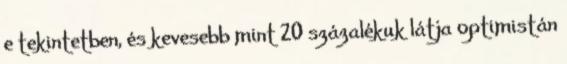
e tekintetben, és kevesebb mint 20 százalékuk látja optimistán